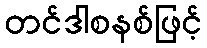
တင်ဒါစနစ်ဖြင့်